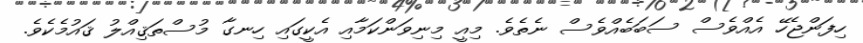
ހިފަންޖެހޭ އެއްވެސް ސަބަބެއްވެސް ނެތެވެ. މިއީ މިނިވަންކަމާއި އެކީގައި ހިނގާ މުސްތަޤިއްލު ޤައުމެކެވެ.